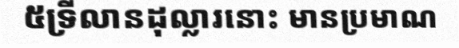
៥ទ្រីលានដុល្លារនោះ មានប្រមាណ